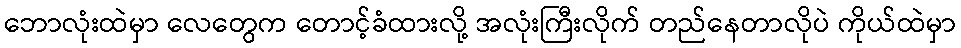
ဘောလုံးထဲမှာ လေတွေက တောင့်ခံထားလို့ အလုံးကြီးလိုက် တည်နေတာလိုပဲ ကိုယ်ထဲမှာ